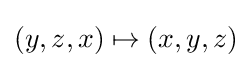
(y,z,x)\mapsto (x,y,z)